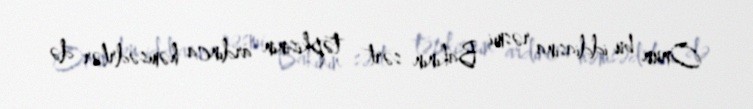
Onun bu iddiasına rəsmi Bakının sərt təpkisinin ardınca həmsədrlər də